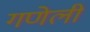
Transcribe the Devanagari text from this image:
गणेली